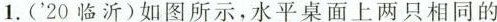
1.('20临沂)如图所示，水平桌面上两只相同的